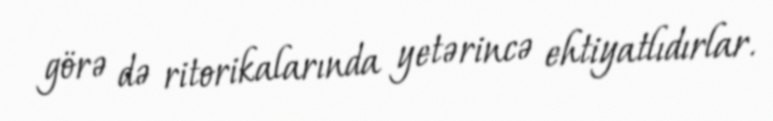
görə də ritorikalarında yetərincə ehtiyatlıdırlar.